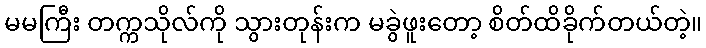
မမကြီး တက္ကသိုလ်ကို သွားတုန်းက မခွဲဖူးတော့ စိတ်ထိခိုက်တယ်တဲ့။